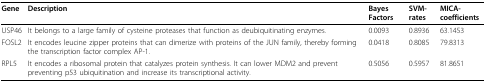
| Gene | Description | Bayes Factors | SVM-rates | MICA-coefficients |
 | --- | --- | --- | --- | --- |
 | USP46 | It belongs to a large family of cysteine proteases that function as deubiquitinating enzymes. | 0.0093 | 0.8936 | 63.1453 |
 | FOSL2 | It encodes leucine zipper proteins that can dimerize with proteins of the JUN family, thereby forming the transcription factor complex AP-1. | 0.0418 | 0.8085 | 79.8313 |
 | RPL5 | It encodes a ribosomal protein that catalyzes protein synthesis. It can lower MDM2 and prevent preventing p53 ubiquitination and increase its transcriptional activity. | 0.5056 | 0.5957 | 81.8651 |